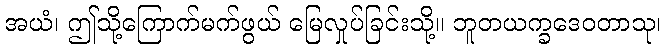
အယံ၊ ဤသို့ကြောက်မက်ဖွယ် မြေလှုပ်ခြင်းသို့။ ဘူတယက္ခဒေဝတာသု၊